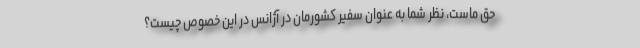
حق ماست، نظر شما به عنوان سفیر کشورمان در آژانس در این خصوص چیست؟